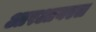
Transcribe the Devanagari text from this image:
आरआयएल